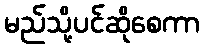
မည်သို့ပင်ဆိုစေကာ